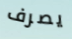
يصرف